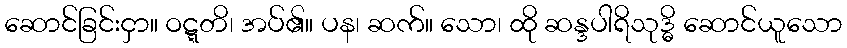
ဆောင်ခြင်းငှာ။ ဝဋ္ဋတိ၊ အပ်၏။ ပန၊ ဆက်။ သော၊ ထို ဆန္ဒပါရိသုဒ္ဓိ ဆောင်ယူသော